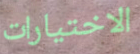
الاختيارات